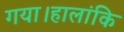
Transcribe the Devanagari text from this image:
गया।हालांकि